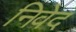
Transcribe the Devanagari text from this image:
निवेद